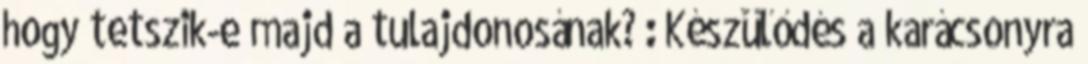
hogy tetszik-e majd a tulajdonosának? : Készülődés a karácsonyra